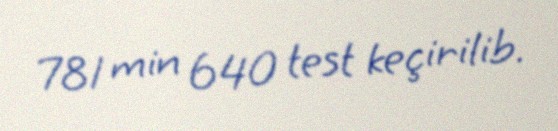
781 min 640 test keçirilib.